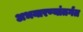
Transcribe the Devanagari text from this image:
अभयारण्यांतर्गत